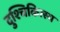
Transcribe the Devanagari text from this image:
दुश्चिकित्स्य